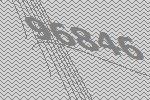
96846